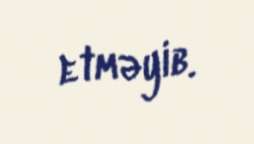
etməyib.